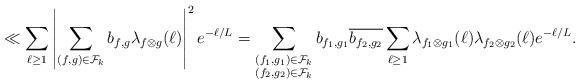
\begin{align*}\ll\sum_{\ell\geq 1}\left|\sum_{(f,g)\in \mathcal{F}_k}b_{f,g}\lambda_{f\otimes g}(\ell)\right|^2e^{-\ell/L}=\sum_{\substack{(f_1,g_1)\in \mathcal{F}_k\\(f_2,g_2)\in \mathcal{F}_k}}b_{f_1,g_1}\overline{b_{f_2,g_2}}\sum_{\ell\geq 1}\lambda_{f_1\otimes g_1}(\ell)\lambda_{f_2\otimes g_2}(\ell)e^{-\ell/L}.\end{align*}